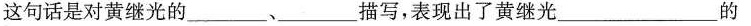
这句话是对黄继光的___、___描写，表现出了黄继光___的